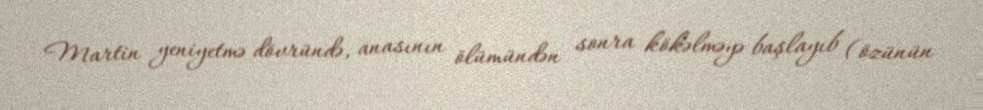
Martin yeniyetmə dövründə, anasının ölümündən sonra kökəlməyə başlayıb (özünün